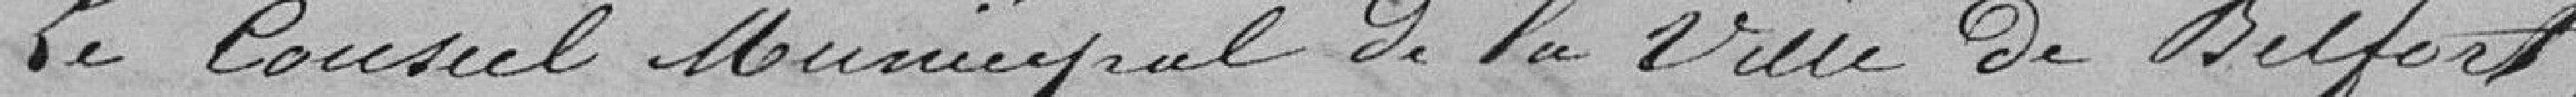
Le Conseil Municipal de la Ville de Belfort,